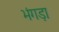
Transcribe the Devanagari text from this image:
भंगड़ा